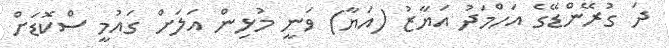
ދަ ގުރޭންޑޭގެ އަހްމަދު އަޔާޒު (އަޔާ) ވަނީ މުޅިން އަލަށް ގައުމީ ސްކޮޑަށް